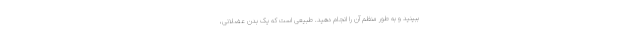
ببینید و به طور منظم آن را انجام دهید. طبیعی است که یک بدن عضلانی،